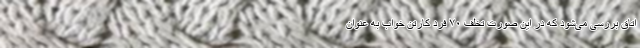
اتاق بررسی می‌شود که در این صورت تخلف ۷۰ فرد کارتن خواب به عنوان